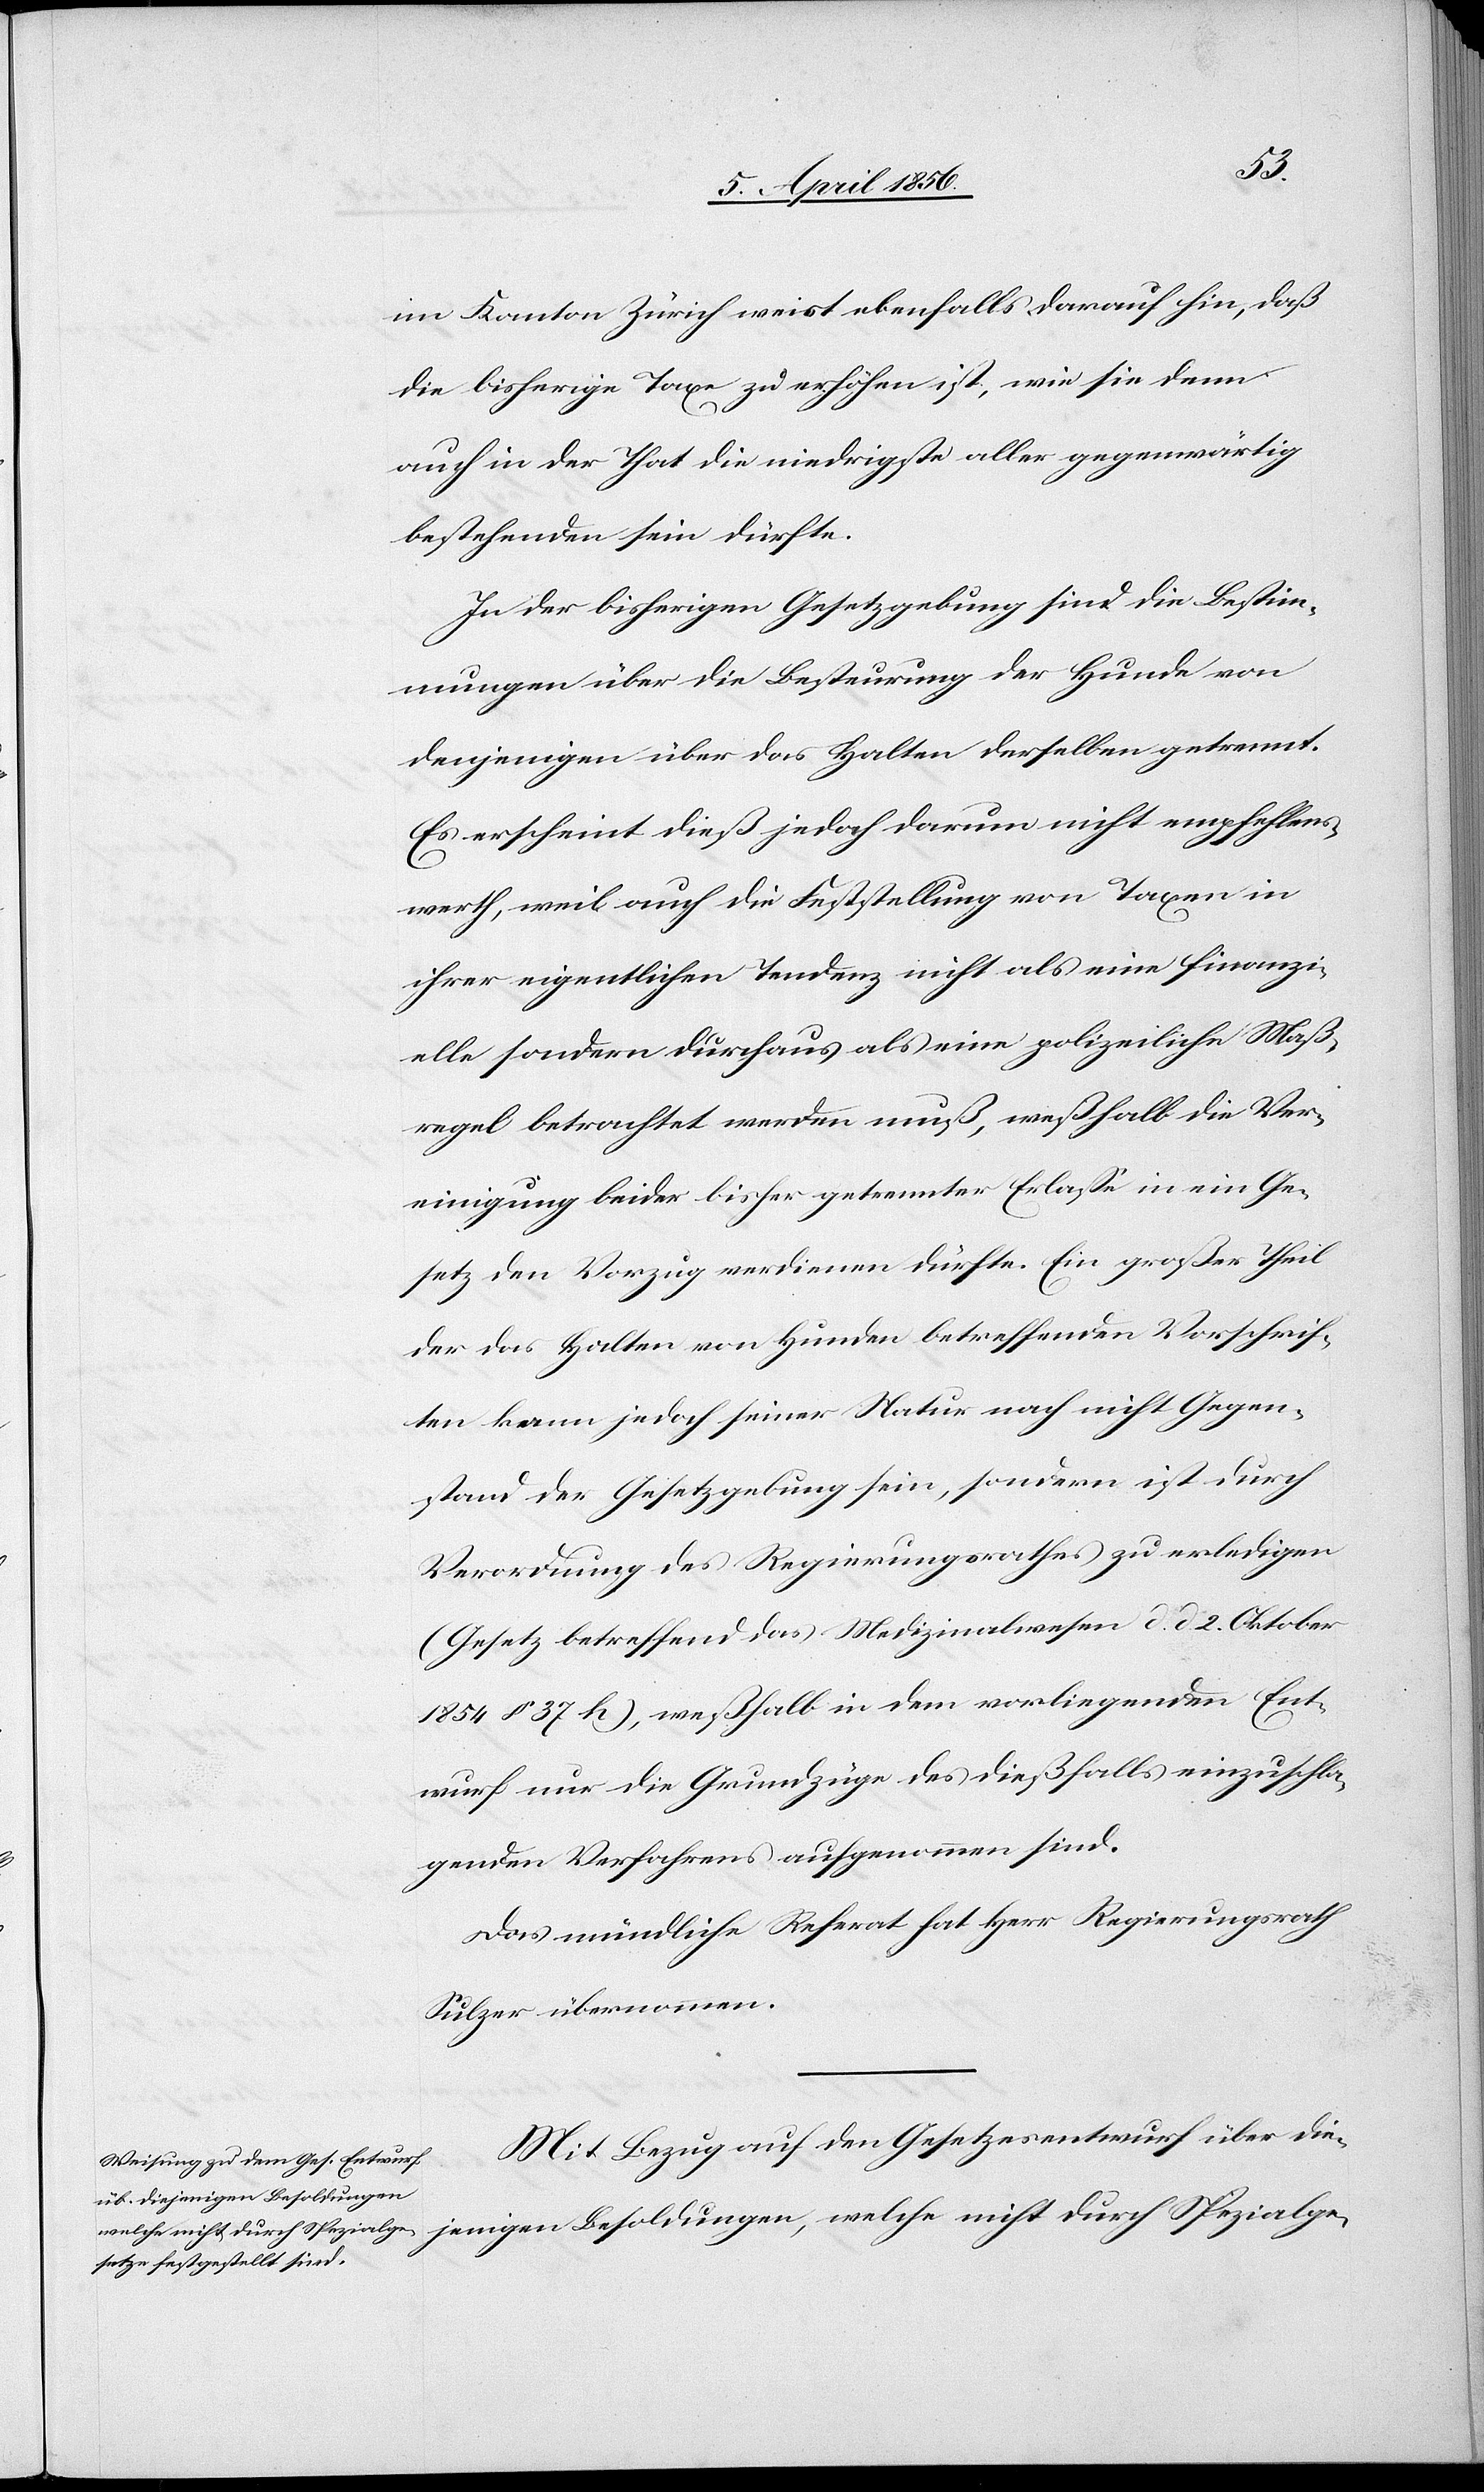
im Kanton Zürich weist ebenfalls darauf hin, daß
die bisherige Taxe zu erhöhen ist, wie sie denn
auch in der That die niedrigste aller gegenwärtig
bestehenden sein dürfte.
In der bisherigen Gesetzgebung sind die Bestim¬
mungen über die Besteurung der Hunde von
denjenigen über das Halten derselben getrennt.
Es erscheint dieß jedoch darum nicht empfehlens¬
werth, weil auch die Feststellung von Taxen in
ihrer eigentlichen Tendenz nicht als eine finanzi¬
elle sondern durchaus als eine polizeiliche Maß¬
regel betrachtet werden muß, weßhalb die Ver¬
einigung beider bisher getrennter Erlasse in ein Ge¬
setz den Vorzug verdienen dürfte. Ein großer Theil
der das Halten von Hunden betreffenden Vorschrif¬
ten kann jedoch seiner Natur nach nicht Gegen¬
stand der Gesetzgebung sein, sondern ist durch
Verordnung des Regierungsrathes zu erledigen
(Gesetz betreffend des Medizinalwesen d. d. 2. Oktober
1854 § 37 h), weßhalb in dem vorliegenden Ent¬
wurf nur die Grundzüge des dießfalls einzuschla¬
genden Verfahrens aufgenommen sind.
Das mündliche Referat hat Herr Regierungsrath
Sulzer übernommen.
Mit Bezug auf den Gesetzesentwurf über die¬
jenigen Besoldungen, welche nicht durch Spezialge-